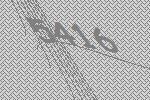
5416